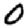
Digit: 0